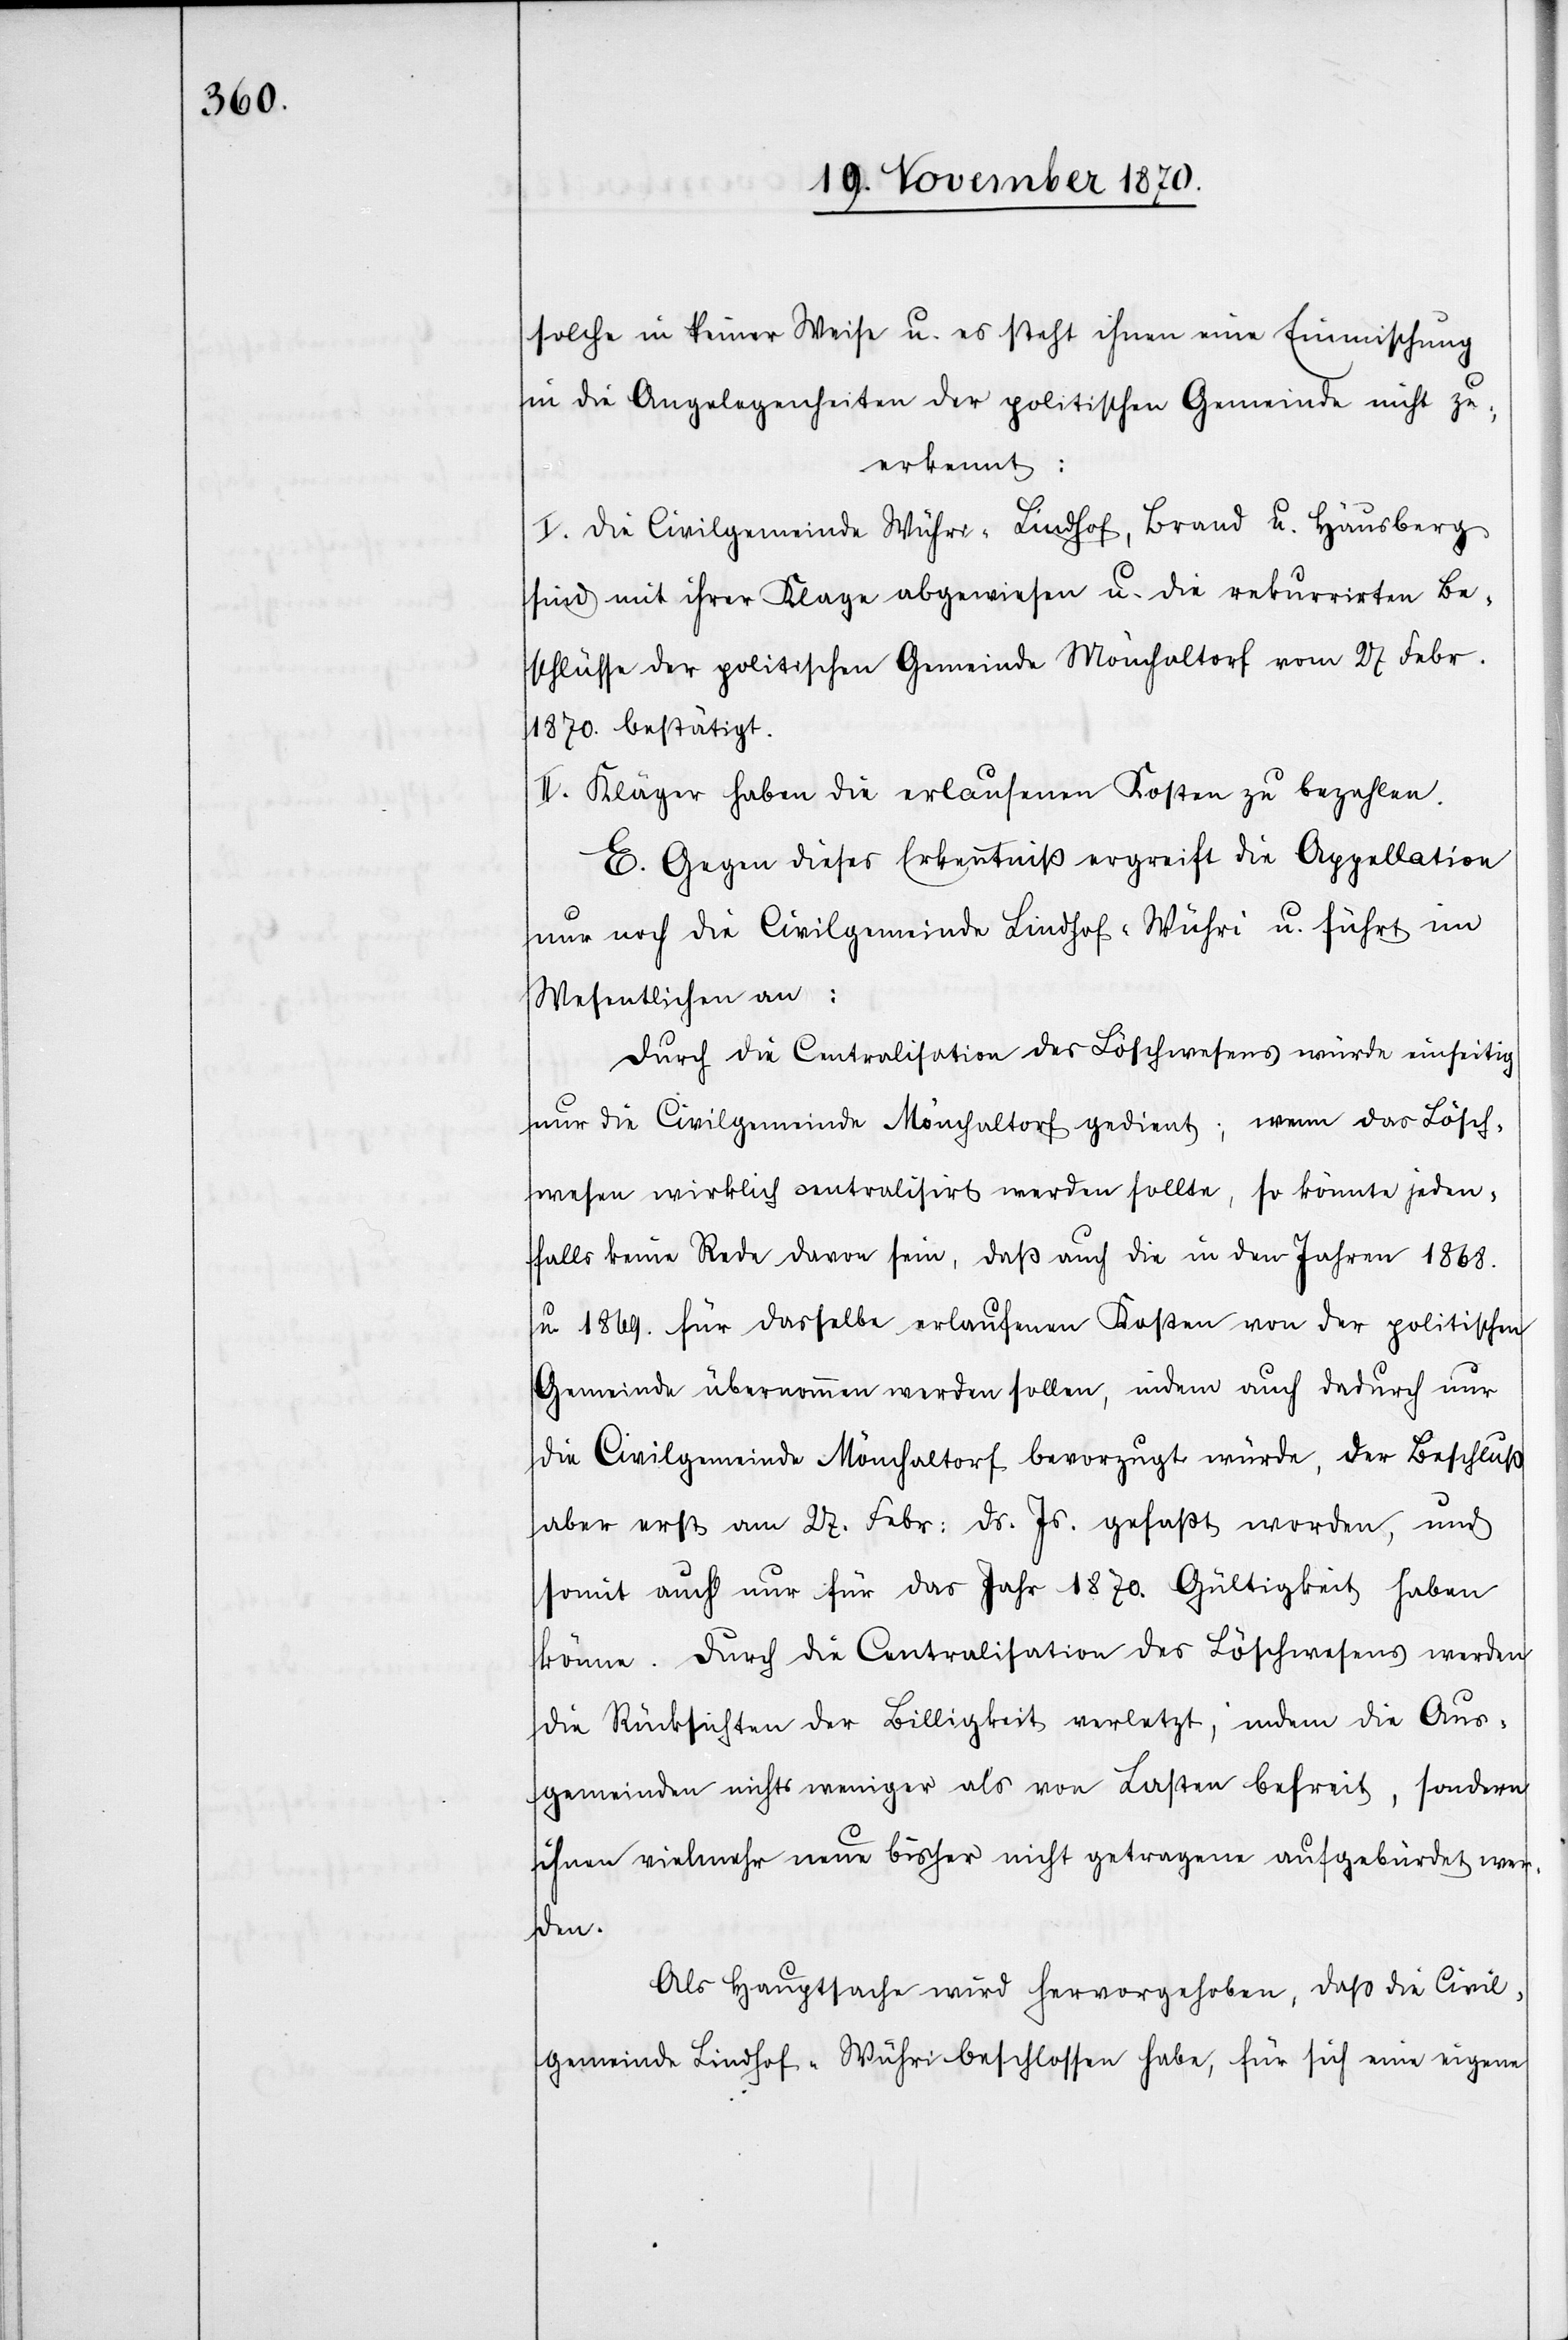
solche in keiner Weise u. es steht ihnen eine Einmischung
in die Angelegenheiten der politischen Gemeinde nicht zu;
erkannt:
I. Die Civilgemeinde[n] Wühri-Lindhof, Brand u. Hausberg
sind mit ihrer Klage abgewiesen u. die rekurrirten Be¬
schlüsse der politischen Gemeinde Mönchaltorf vom 27 Febr.
1870 bestätigt.
II. Kläger haben die erlaufenen Kosten zu bezahlen.
E. Gegen dieses Erkenntniß ergreift die Appellation
nur noch die Civilgemeinde Lindhof-Wühri u. führt im
Wesentlichen an:
Durch die Centralisation des Löschwesens würde einseitig
nur die Civilgemeinde Mönchaltorf gedient; wenn das Lösch¬
wesen wirklich centralisirt werden sollte, so könnte jeden¬
falls keine Rede davon sein, daß auch die in den Jahren 1868.
u. 1869. für dasselbe erlaufenen Kosten von der politischen
Gemeinde übernommen werden sollen, indem auch dadurch nur
die Civilgemeinde Mönchaltorf bevorzugt würde, der Beschluß
aber erst am 27. Febr: ds. Js. gefaßt worden, und
somit auch nur für das Jahr 1870. Gültigkeit haben
könne. Durch die Centralisation des Löschwesens werden
die Rücksichten der Billigkeit verletzt, indem die Aus¬
gemeinden nichts weniger als von Lasten befreit, sonder¬
n vielmehr neue bisher nicht getragene aufgebürdet wer¬
den.
Als Hauptsache wird hervorgehoben, daß die Civil¬
gemeinde Lindhof-Wühri beschlossen habe, für sich eine eigene